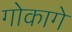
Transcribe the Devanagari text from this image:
गोकागे